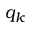
q _ { k }